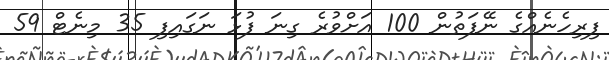
ފިރިހެނެއްގެ ނޭފަތުން 100 އަށްވުރެ ގިނަ ފުޅަ ނަގައިފި 35 މިނެޓް 59